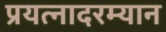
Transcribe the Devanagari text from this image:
प्रयत्नादरम्यान